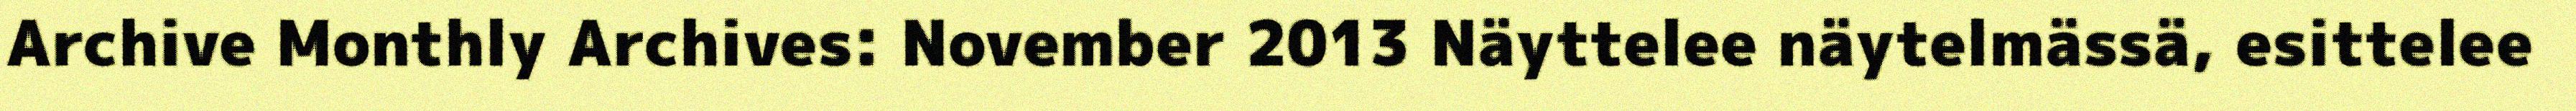
Archive Monthly Archives: November 2013 Näyttelee näytelmässä, esittelee